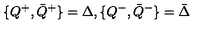
\{ Q ^ { + } , { \bar { Q } } ^ { + } \} = \Delta , \{ Q ^ { - } , { \bar { Q } } ^ { - } \} = { \bar { \Delta } }